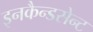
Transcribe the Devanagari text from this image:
इनकैन्डसेन्ट